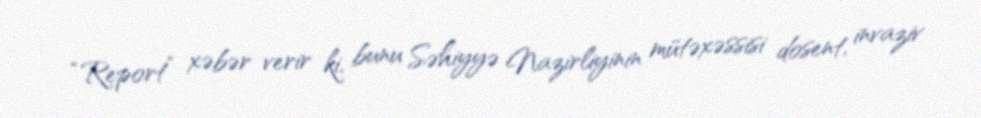
“Report” xəbər verir ki, bunu Səhiyyə Nazirliyinin mütəxəssisi dosent, invaziv